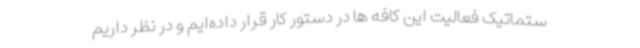
ستماتیک فعالیت این کافه ها در دستور کار قرار داده‌ایم و در نظر داریم